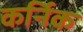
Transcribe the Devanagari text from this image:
कर्निक